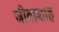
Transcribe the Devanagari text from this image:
जीवाशाह